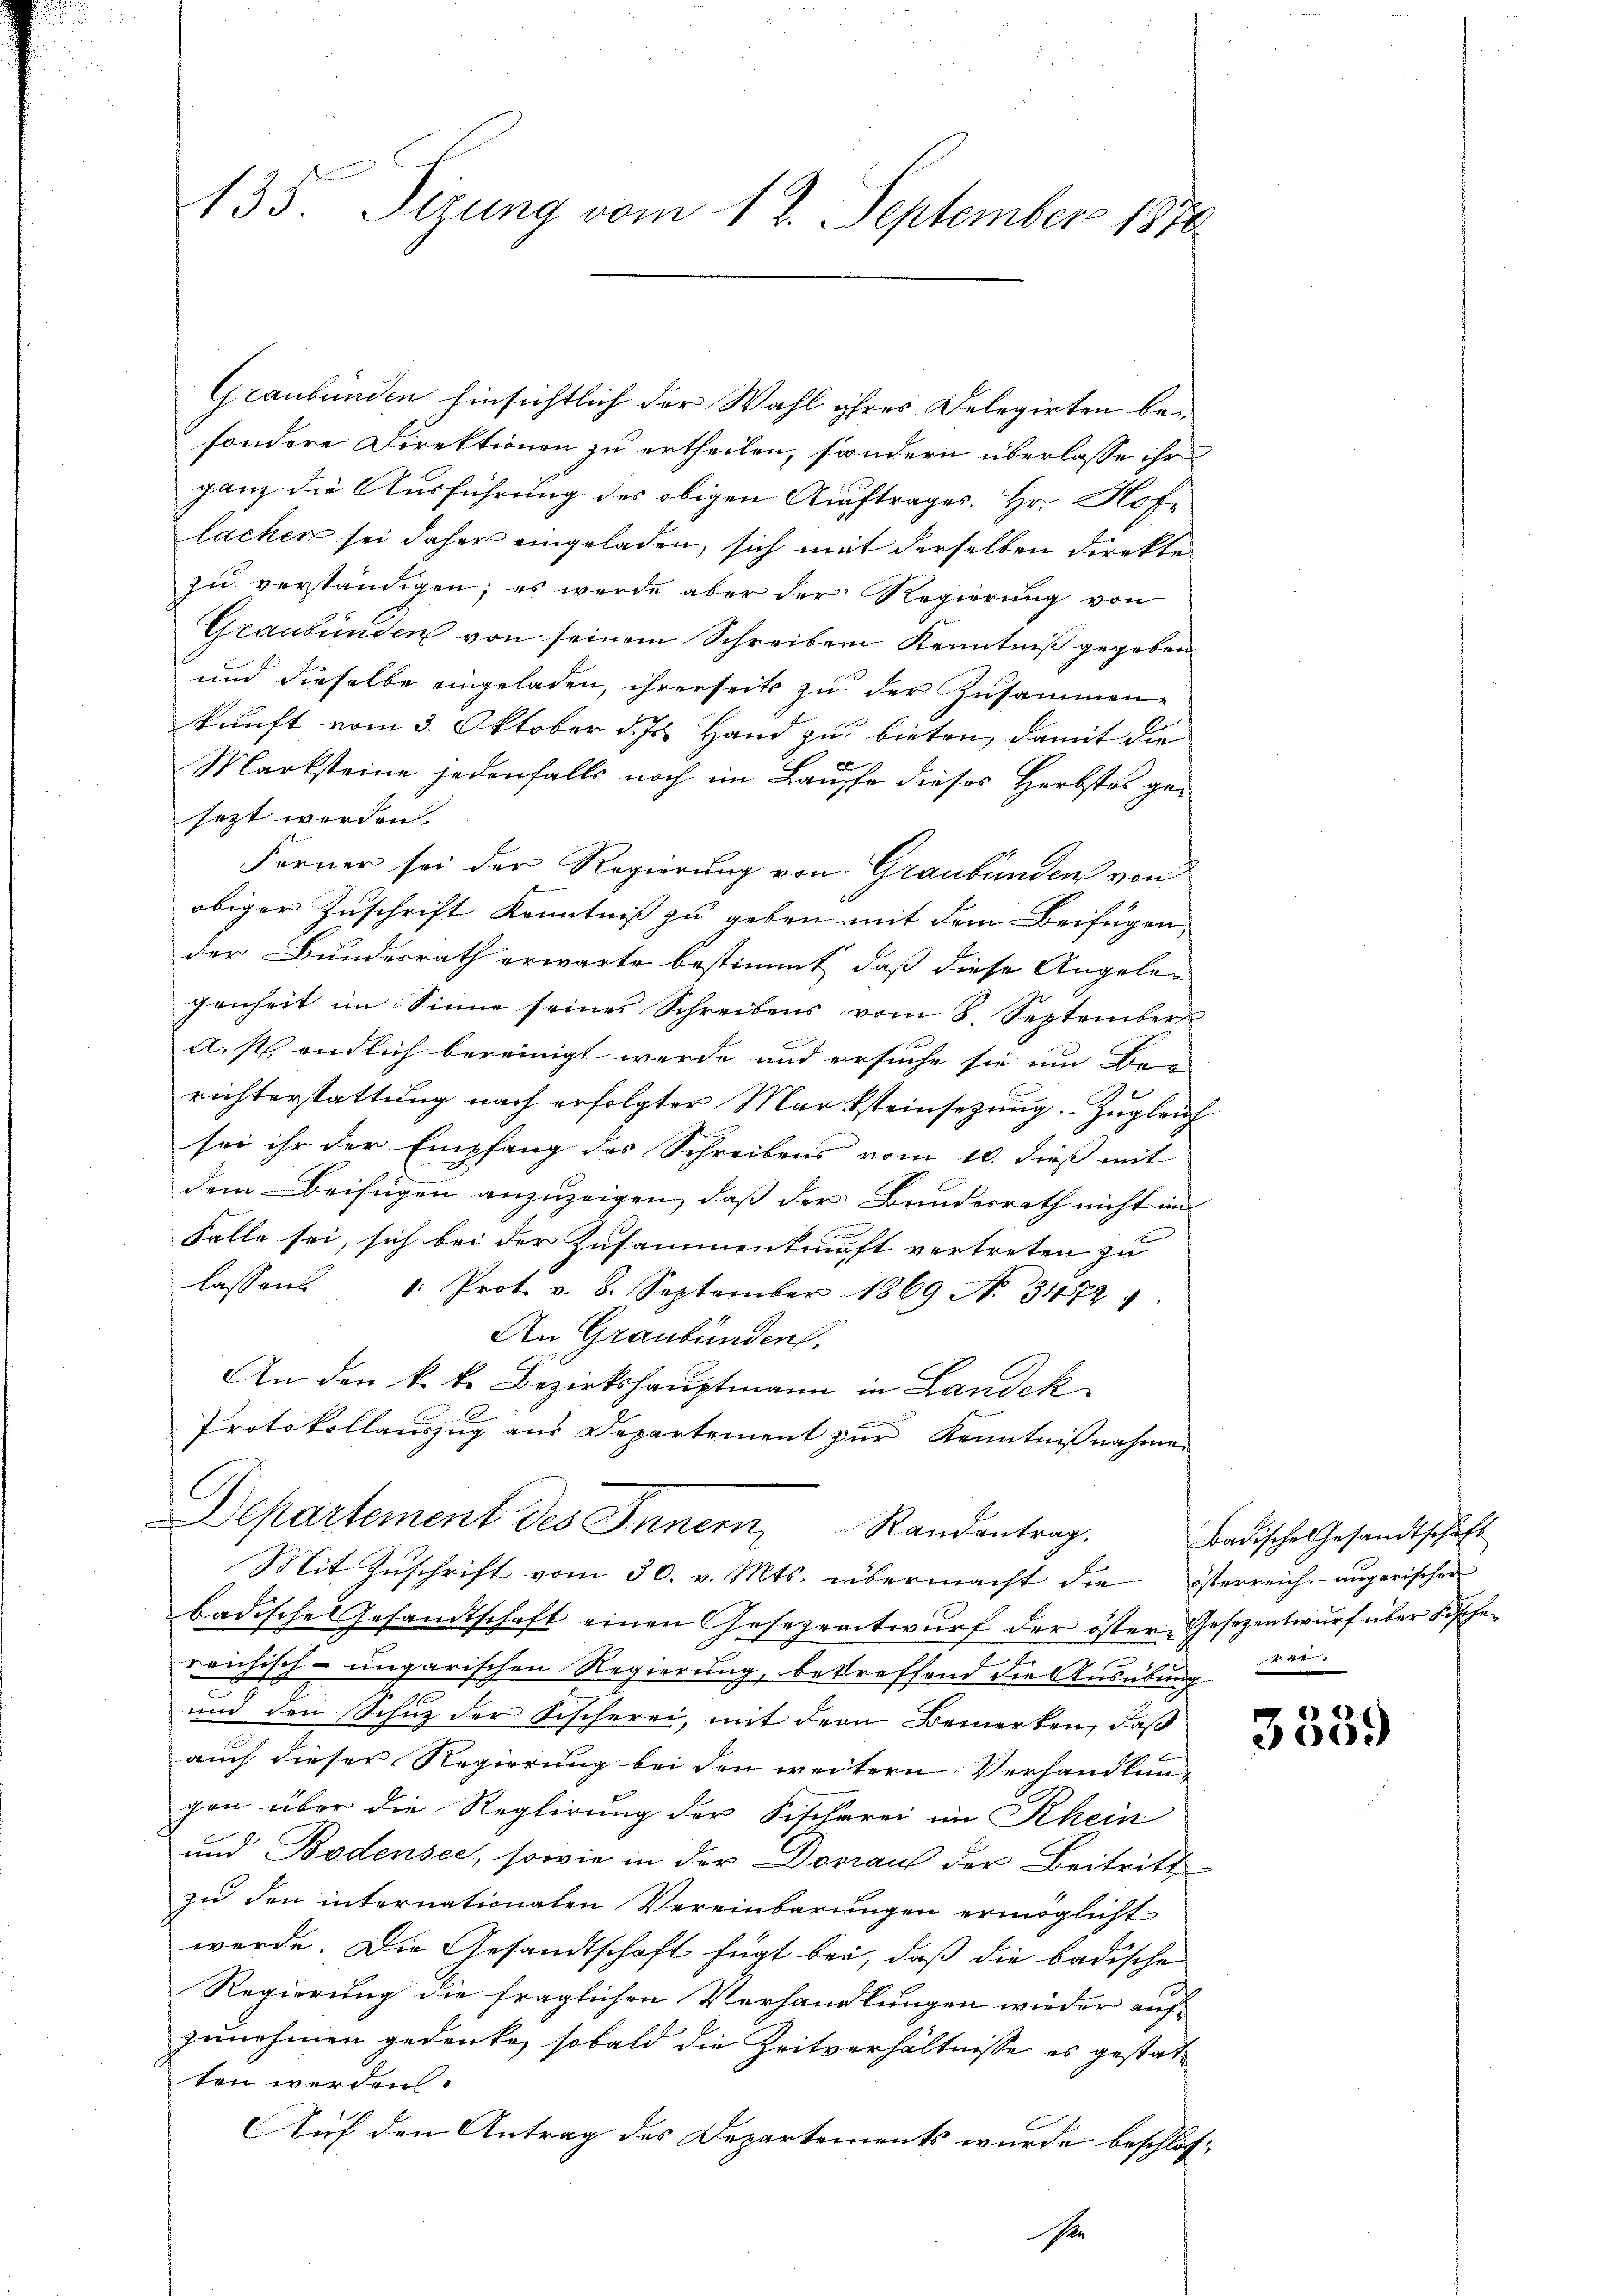
135. Sizung vom 12. September 1870

Graubünden hinsichtlich der Wahl ihres Delegirten besondere Direktionen zu ertheilen, sondern überlasse ihr
ganz die Ausführung des obigen Auftrages. Hr. Hoflachen sei daher eingeladen, sich mit derselben direkte
zu verständigen; es werde aber der Regierung von
Graubünden von seinem Schreiben Kenntniß gegeben
und dieselbe eingeladen, ihrerseits zu der Zusammene
kunft vom 3. Oktober d. Js. Hand zu bieten, damit die
Marksteine jedenfalls noch im Laufe dieses Herbstes ge-
sezt werden.
Ferner sei der Regierung von Graubünden von
obiger Zuschrift Kenntniß zu geben mit dem Beifügen
der Bundesrath erwarte bestimmt, daß diese Angelegenheit im Sinne seines Schreibens vom 8. September
A.s. endlich bereinigt werde und ersuche sie um Berichterstattung nach erfolgter Marksteinsezung. Zugleich
sei ihr der Empfang des Schreibens vom 10. dieß mit
dem Beifügen anzuzeigen, daß der Bundesrath nicht im
Falle sei, sich bei der Zusammenkunft vertreten zu
lassen 1. Prot. v. 8. September 1869 No 3472
An Graubünden.
An den k. k. Bezirkshauptmann in Landek
Protokollauszug aus Departement zur Kenntnißnahmen
Departement des Innern Randantrag.
Mit Zuschrift vom 30. v. Mts. übermacht die österreich angerischen
badische Gesandtschaft einen Gesezentwŭrf der öster Gesezentwurf über Fischen
reichisch-ungarischen Regierung, betreffend die Ausübung
.
und den Schuz der Fischerei, mit dem Bemerken, daß
auch dieser Regierung bei den weitern Verhandlun-
gen über die Reglirung der Fischerei im Rhein
und Bodensee, sowie in der Donaus der Beitritt
zu den internationalen Vereinbarungen ermöglicht
werde. Die Gesandtschaft fügt bei, daß die badische
Regierung die fraglichen Verhandlungen wieder auf
zunehmen gedenke, sobald die Zeitverhältnisse es gestatten werden.
Auf den Antrag des Departements wurde beschlose

Badische Gesandtschaft
44

3339